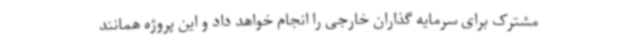
مشترک برای سرمایه گذاران خارجی را انجام خواهد داد و این پروژه همانند